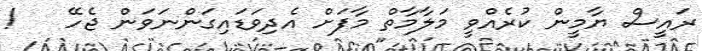
ރައީސް ޔާމީން ކުރެއްވީ މަލާމާތް މާފަށް އެދިވަޑައިގަންނަވަން ޖެހޭ   !